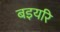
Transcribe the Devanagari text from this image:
बइयरि